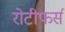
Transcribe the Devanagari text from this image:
रोटीफर्स